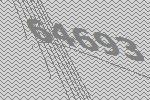
64693